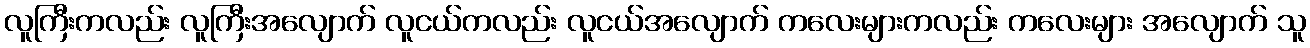
လူကြီးကလည်း လူကြီးအလျောက် လူငယ်ကလည်း လူငယ်အလျောက် ကလေးများကလည်း ကလေးများ အလျောက် သူ